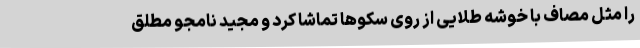
را مثل مصاف با خوشه طلایی از روی سکوها تماشا کرد و مجید نامجو مطلق